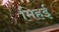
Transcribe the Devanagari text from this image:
मिहई